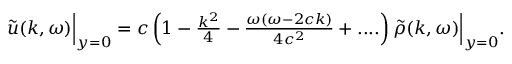
\begin{array} { r } { \tilde { u } ( k , \omega ) \Big | _ { y = 0 } = c \left( 1 - \frac { k ^ { 2 } } { 4 } - \frac { \omega ( \omega - 2 c k ) } { 4 c ^ { 2 } } + . . . . \right) \tilde { \rho } ( k , \omega ) \Big | _ { y = 0 } . } \end{array}